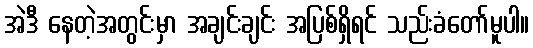
အဲဒီ နေတဲ့အတွင်းမှာ အချင်းချင်း အပြစ်ရှိရင် သည်းခံတော်မူပါ။